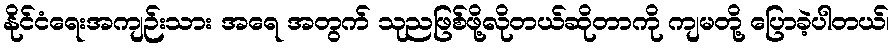
နိုင်ငံရေးအကျဉ်းသား အရေ အတွက် သုညဖြစ်ဖို့လိုတယ်ဆိုတာကို ကျမတို့ ပြောခဲ့ပါတယ်၊